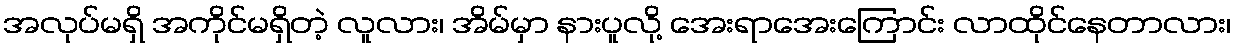
အလုပ်မရှိ အကိုင်မရှိတဲ့ လူလား၊ အိမ်မှာ နားပူလို့ အေးရာအေးကြောင်း လာထိုင်နေတာလား၊